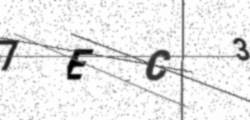
Text: 7EC3